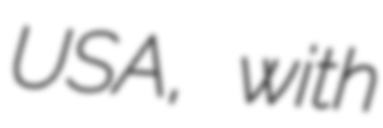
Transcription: USA, with